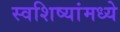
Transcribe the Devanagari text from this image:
स्वशिष्यांमध्ये